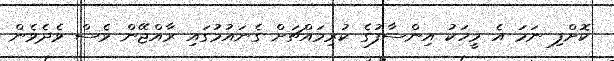
ކޮށްފި ނަމަ އެ މީހަކު އިންސާފުގެ ކުރިމައްޗަށް ގެނައުމުގައި ރާއްޖޭން ވެސް ވެދެވެން